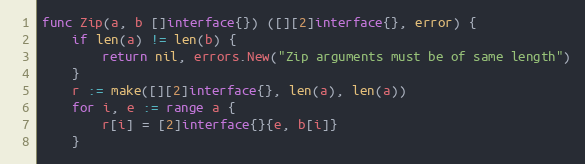
Language: Go
func Zip(a, b []interface{}) ([][2]interface{}, error) {
	if len(a) != len(b) {
		return nil, errors.New("Zip arguments must be of same length")
	}
	r := make([][2]interface{}, len(a), len(a))
	for i, e := range a {
		r[i] = [2]interface{}{e, b[i]}
	}